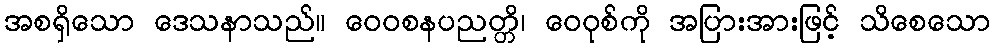
အစရှိသော ဒေသနာသည်။ ဝေဝစနပညတ္တိ၊ ဝေဝုစ်ကို အပြားအားဖြင့် သိစေသော